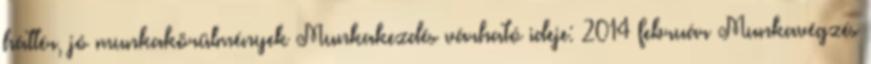
háttér, jó munkakörülmények Munkakezdés várható ideje: 2014 február Munkavégzés